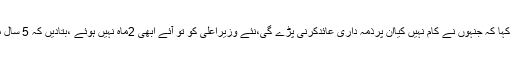
جس پر چیف جسٹس نے کہا کہ جنہوں نے کام نہیں کیاان پرذمہ داری عائدکرنی پڑے گی،نئے وزیراعلی کو تو آئے ابھی 2ماہ نہیں ہوئے ،بتادیں کہ 5 سال میں پانی کامسئلہ حل ہوا؟